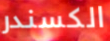
الكسندر